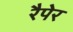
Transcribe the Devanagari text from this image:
रैपेर